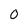
Character: 0